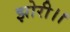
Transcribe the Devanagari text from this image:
झोरी।।